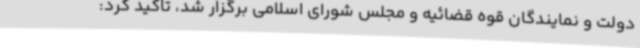
دولت و نمایندگان قوه قضائیه و مجلس شورای اسلامی برگزار شد، تاکید کرد: